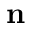
\textbf { n }